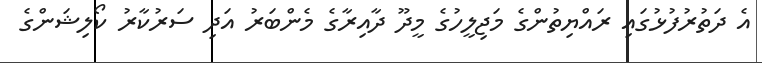
އެ ދަތުރުފުޅުގައި ރައްޔިތުންގެ މަޖިލީހުގެ މީދޫ ދާއިރާގެ މެންބަރު އަދި ސަރުކާރު ކޯލިޝަންގެ